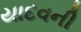
યાદવની